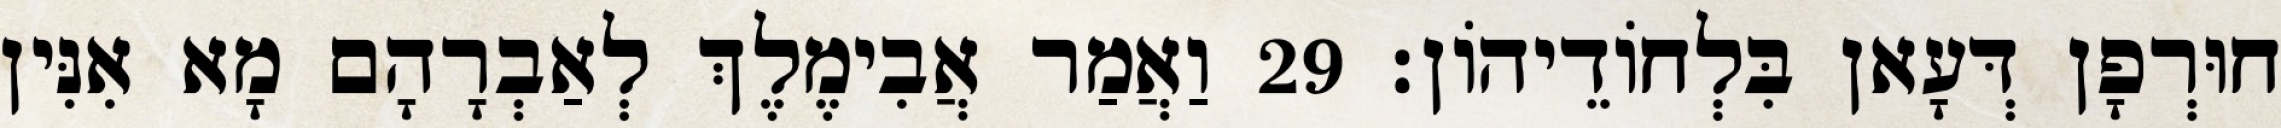
חוּרְפָן דְּעָאן בִּלְחוֹדֵיהוֹן׃ 29 וַאֲמַר אֲבִימֶלֶךְ לְאַבְרָהָם מָא אִנִּין